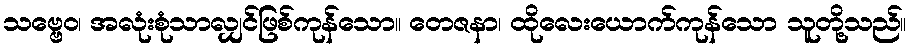
သဗ္ဗေဝ၊ အလုံးစုံသာလျှင်ဖြစ်ကုန်သော။ တေဇနာ၊ ထိုလေးယောက်ကုန်သော သူတို့သည်။